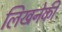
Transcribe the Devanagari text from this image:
लिखनेकी